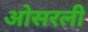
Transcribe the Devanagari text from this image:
ओसरली